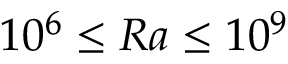
1 0 ^ { 6 } \le R a \le 1 0 ^ { 9 }